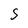
Character: S